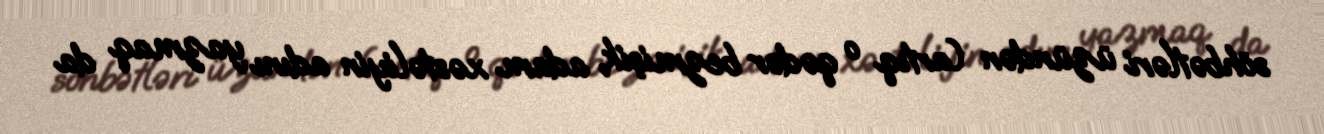
söhbətləri üzündən (artıq o qədər bezmişik, adam xəstəliyin adını yazmaq da